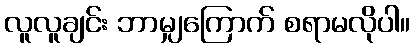
လူလူချင်း ဘာမျှကြောက် စရာမလိုပါ။